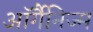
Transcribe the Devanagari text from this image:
ऑर्गैनिज्म